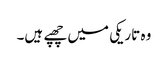
وہ تاریکی میں چھپے ہیں۔